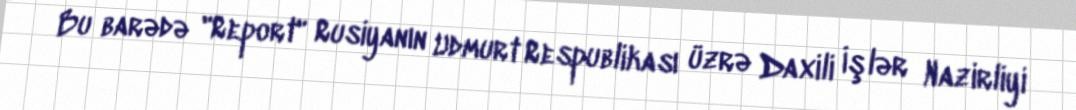
Bu barədə "Report" Rusiyanın Udmurt Respublikası üzrə Daxili İşlər Nazirliyi